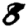
Digit: 8